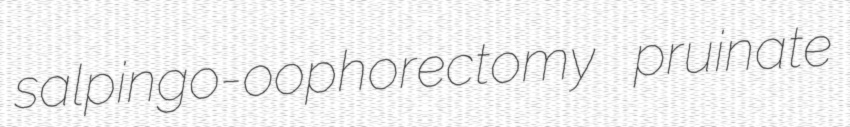
salpingo-oophorectomy pruinate